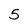
Character: 5